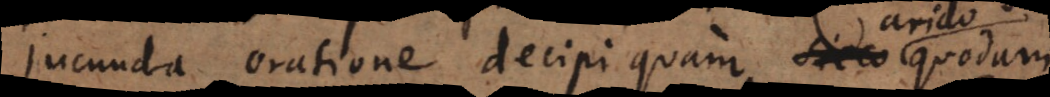
jucunda oratione decipi quam sicco quodam